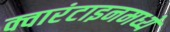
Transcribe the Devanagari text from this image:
क्वारंटाइनमध्ये